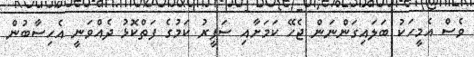
ވެސް އެމީހަކު ބަލައިގަންނަން ޖެހޭ ކަމަށާއި ސަފީރު ކަމުގެ ފަތްކޮޅު ދެއްވަނީ އެހިސާބުން